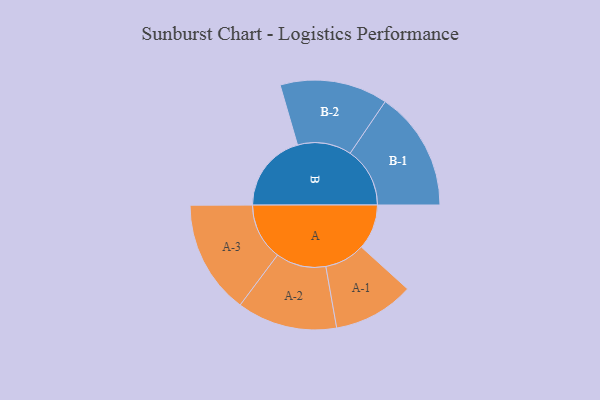
{"axis": {"x": "Segment", "y": "Value"}, "legend": ["", "A", "B"], "data": [{"x": "A", "y": 201, "type": ""}, {"x": "B", "y": 352, "type": ""}, {"x": "A-1", "y": 180, "type": "A"}, {"x": "A-2", "y": 223, "type": "A"}, {"x": "A-3", "y": 253, "type": "A"}, {"x": "B-1", "y": 266, "type": "B"}, {"x": "B-2", "y": 240, "type": "B"}]}